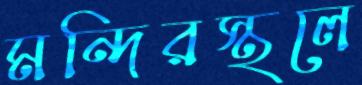
মন্দিরস্থলে